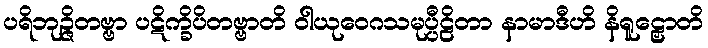
ပရိဘုဉ္ဇိတဗ္ဗာ ပဋိက္ခိပိတဗ္ဗာတိ ဝါယုဝေဂသမုပ္ပီဠိတာ နာမာဒီဟိ နိရူဠှောတိ